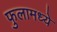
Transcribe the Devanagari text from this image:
फुलामध्ये